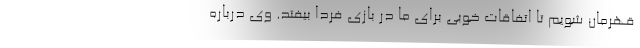
قهرمان شویم تا اتفاقات خوبی برای ما در بازی فردا بیفتد. وی درباره